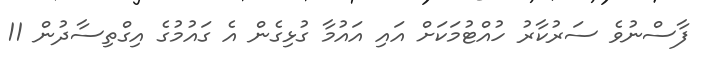
ފާސްނުވެ ސަރުކާރު ހުއްޓުމަކަށް އައި އައުމާ ގުޅިގެން އެ ގައުމުގެ އިގްތިސާދުން 11